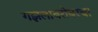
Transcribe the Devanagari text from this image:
गझलाबरोबरचा